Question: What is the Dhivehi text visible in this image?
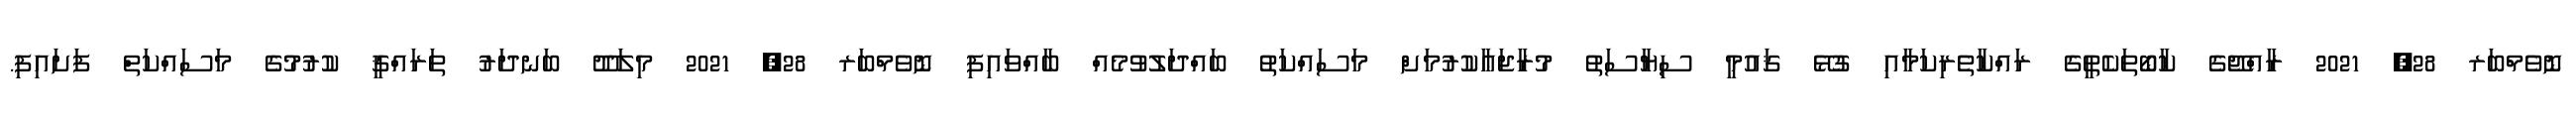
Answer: ނޮވެމްބަރ 28, 2021 ރާއްޖޭގެ ކާބޯތަކެތީގެ ރައްކާތެރިކަމާއި ގުޅޭ ޤައުމީ ސިޔާސަތު މުރާޖަޢާކުރުމަށް މަސައްކަތު ބައްދަލުވުމެއް ބާއްވައިފި ނޮވެމްބަރ 28, 2021 މިލަދޫ ބަނދަރު ތަރައްޤީ ކުރުމުގެ މަސައްކަތް ފަށައިފި.